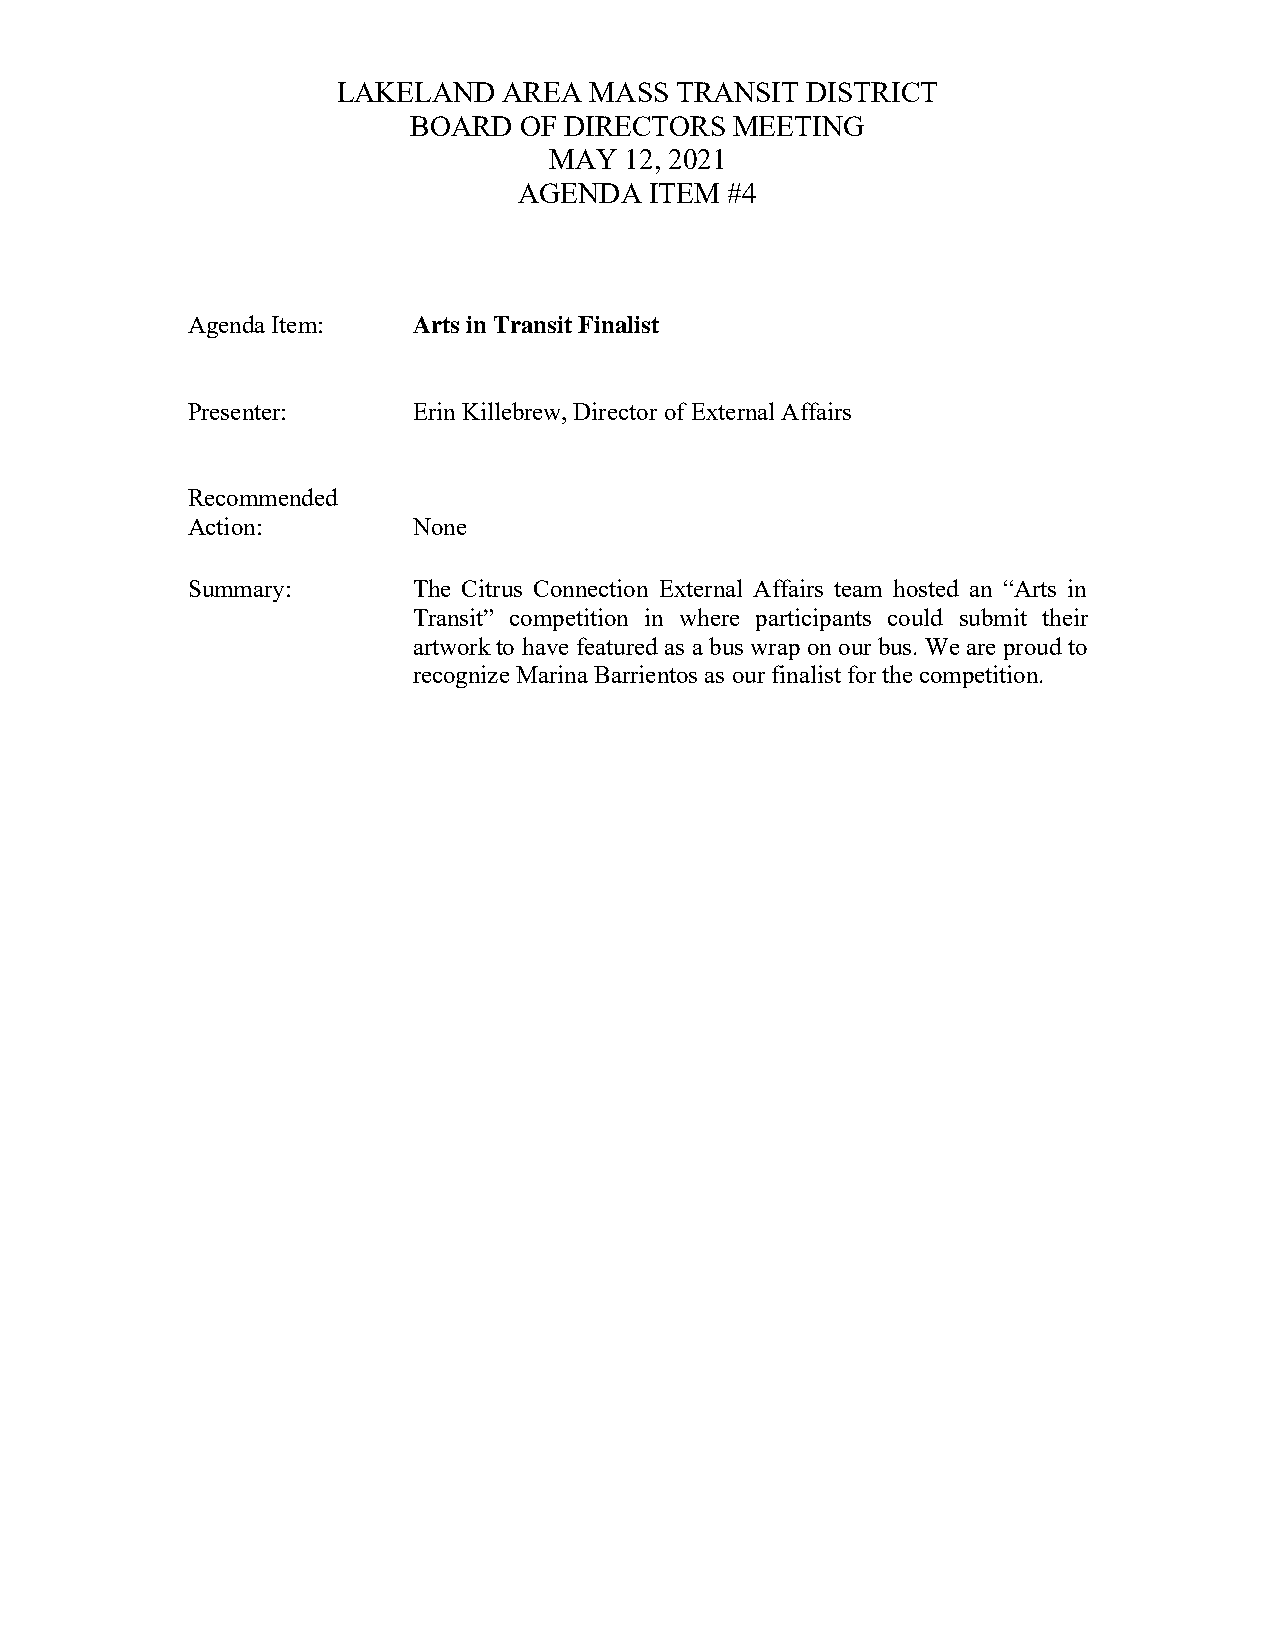
LAKELAND   AREA  MASS  TRANSIT DISTRICT
 BOARD  OF DIRECTORS   MEETING
 MAY  12, 2021
 AGENDA   ITEM #4
 Agenda Item:   Arts in Transit Finalist
 Presenter:     Erin Killebrew, Director of External Affairs
 Recommended
 Action:        None
 Summary:       The Citrus Connection External Affairs team hosted an “Arts in
 Transit” competition in where participants could submit their
 artwork to have featured as a bus wrap on our bus. We are proud to
 recognize Marina Barrientos as our finalist for the competition.